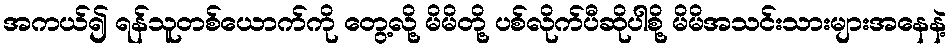
အကယ်၍ ရန်သူတစ်ယောက်ကို တွေ့လို့ မိမိတို့ ပစ်လိုက်ပီဆိုပါစို့ မိမိအသင်းသားများအနေနဲ့